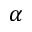
\alpha